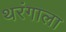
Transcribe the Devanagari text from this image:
थरंगाला